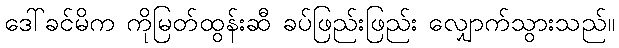
ဒေါ်ခင်မိက ကိုမြတ်ထွန်းဆီ ခပ်ဖြည်းဖြည်း လျှောက်သွားသည်။